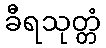
ခီရသုတ္တံ